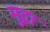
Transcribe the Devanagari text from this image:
मुद्गा